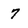
Character: 7